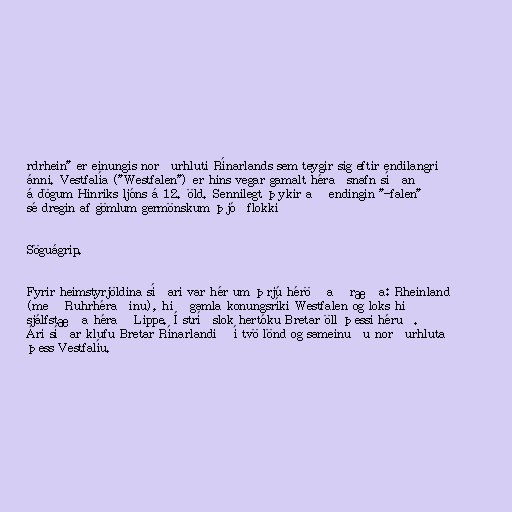
rdrhein" er einungis norðurhluti Rínarlands sem teygir sig eftir endilangri
ánni. Vestfalía ("Westfalen") er hins vegar gamalt héraðsnafn síðan
á dögum Hinriks ljóns á 12. öld. Sennilegt þykir að endingin "-falen"
sé dregin af gömlum germönskum þjóðflokki

Söguágrip.

Fyrir heimstyrjöldina síðari var hér um þrjú héröð að ræða: Rheinland
(með Ruhrhéraðinu), hið gamla konungsríki Westfalen og loks hið
sjálfstæða hérað Lippe. Í stríðslok hertóku Bretar öll þessi héruð.
Ári síðar klufu Bretar Rínarlandið í tvö lönd og sameinuðu norðurhluta
þess Vestfalíu.